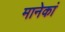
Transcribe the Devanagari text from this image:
मानेकां